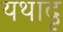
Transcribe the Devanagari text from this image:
यथादृ